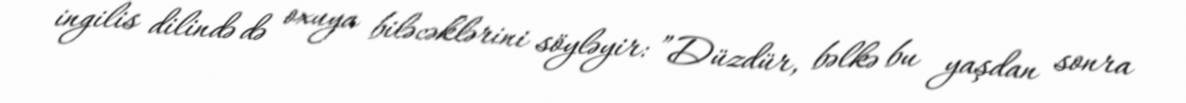
ingilis dilində də oxuya biləcəklərini söyləyir: ”Düzdür, bəlkə bu yaşdan sonra